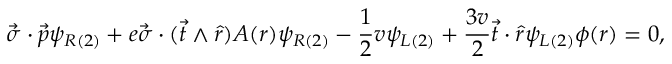
\vec { \sigma } \cdot \vec { p } \psi _ { R ( 2 ) } + e \vec { \sigma } \cdot ( \vec { t } \wedge \hat { r } ) A ( r ) \psi _ { R ( 2 ) } - \frac { 1 } { 2 } v \psi _ { L ( 2 ) } + \frac { 3 v } { 2 } \vec { t } \cdot \hat { r } \psi _ { L ( 2 ) } \phi ( r ) = 0 ,